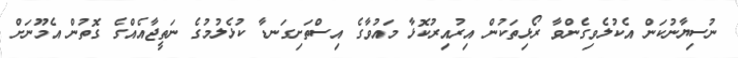
ނުސިޔާނުކަން އެކުލެވިގެންވާ ރޯޅިތަކުން އިރުއިރުކޮޅާ މައުވާގެ އިސްތަށިގަނޑާ ކުޅެލުމުގެ ނަތީޖާއެއްގެ ގޮތުން އެމޫނަށް